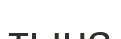
тына